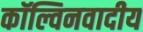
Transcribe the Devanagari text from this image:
कॉल्विनवादीय